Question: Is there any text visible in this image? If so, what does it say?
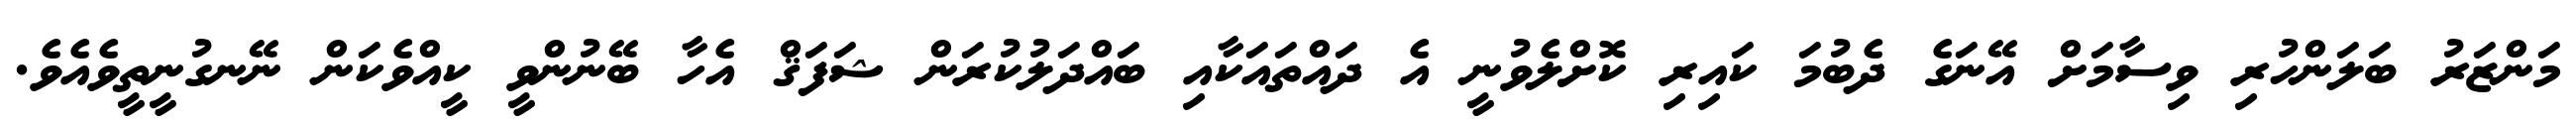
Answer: މަންޒަރު ބަލަންހުރި ވިސާމަށް އޭނަގެ ދެބުމަ ކައިރި ކޮށްލެވުނީ އެ ދައްތައަކާއި ބައްދަލުކުރަން ޝަފަޤް އެހާ ބޭނުންވީ ކީއްވެކަން ނޭނގުނީތީވެއެވެ.